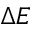
\Delta E